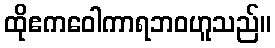
ထိုဧကဝေါကာရဘဝဟူသည်။